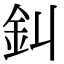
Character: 䤛